Jarvakandi_vallavalitsus, lk 10
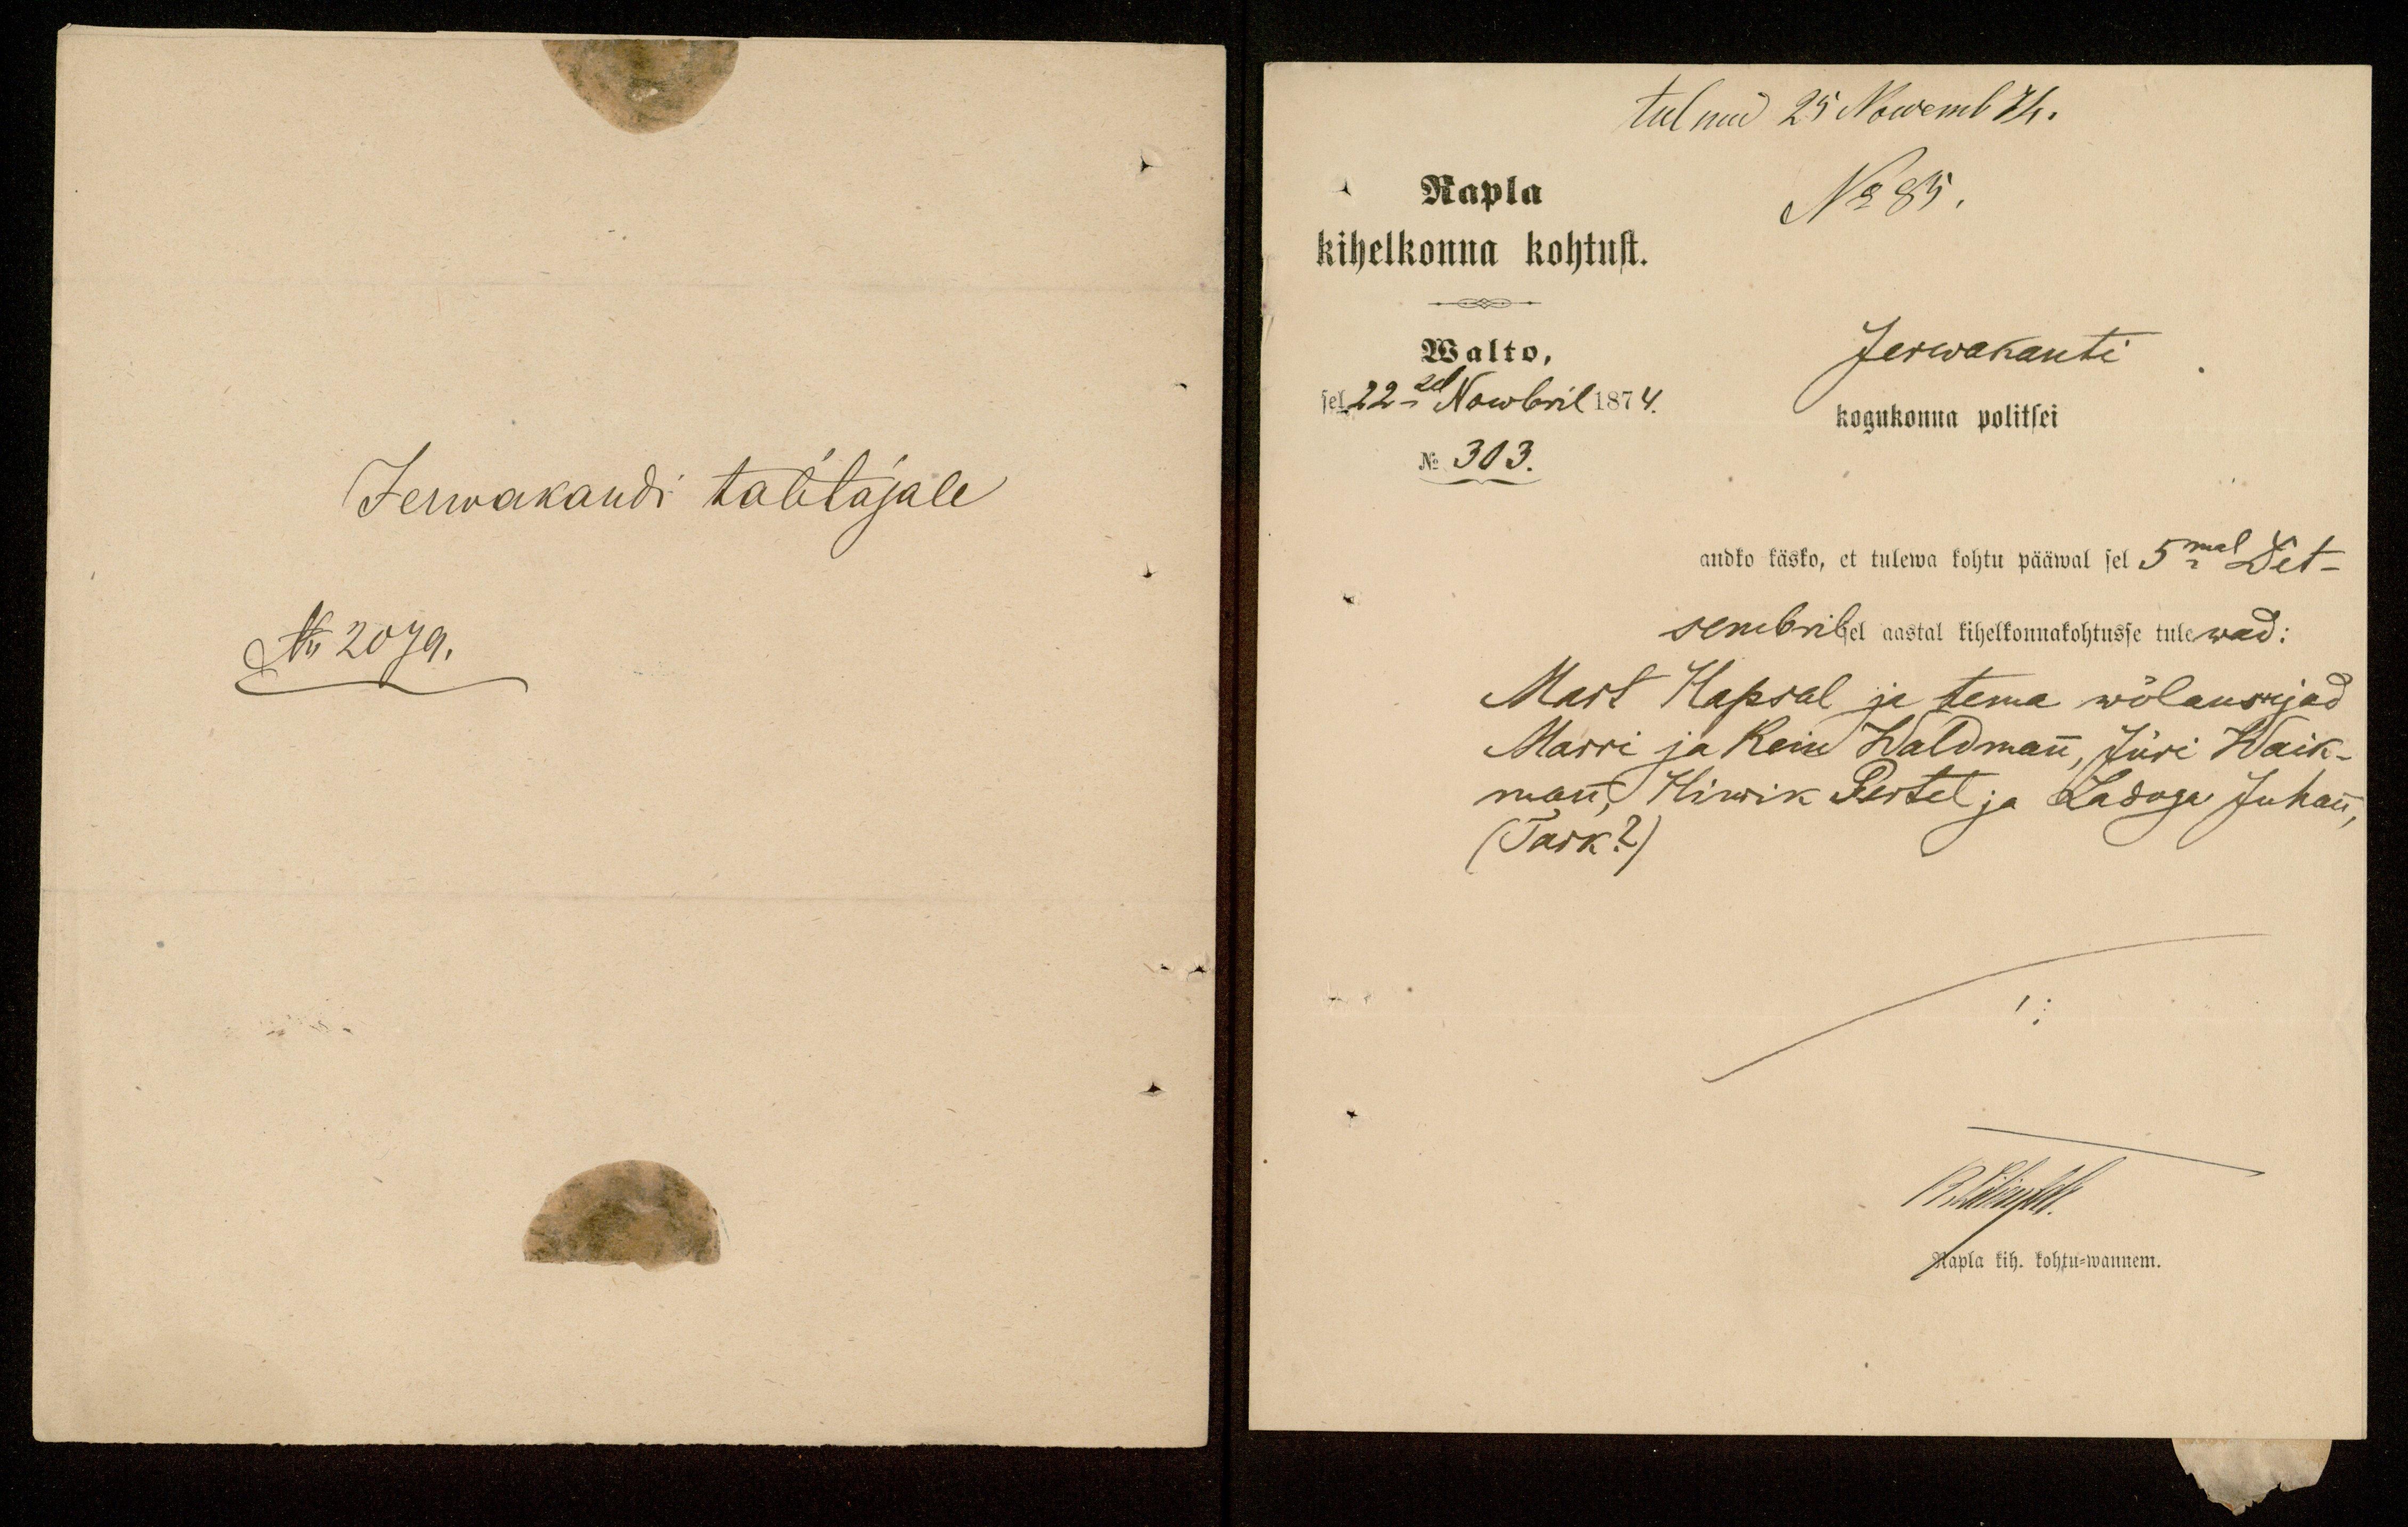
Jerwakandi talitajale
N. 2079.

tulnud 25 Nowemb 74.
Rapla
No 85.
kihelkonna kohtust.
Walto,
Jerwakanti
sel 22 sel Nowbril 1874.
kogukonna politsei
No 303.
andko käsko, et tulewa kohtu pääwal sel 5mal Det-
sembril sel aastal kihelkonnakohtusse tulewad:
Mart Hapsal ja tema wõlaandjad
Marri ja Rein Waldman, Jüri Waik-
man, Hinrik Pertel ja Ladoga Juhan,
(Tark?)
19 Märtski
Rapla kih. kohtu-wannem.